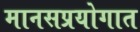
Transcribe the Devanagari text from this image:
मानसप्रयोगात